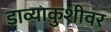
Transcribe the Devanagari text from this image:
डाव्याकुशीवर